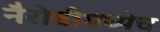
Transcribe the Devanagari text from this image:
नैरोबीमध्येच